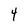
Character: 4